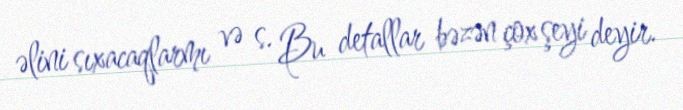
əlini sıxacaqlarmı və s. Bu detallar bəzən çox şeyi deyir.